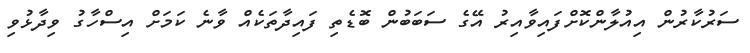
ސަރުކާރުން އިއުލާންކޮށްފައިވާއިރު އޭގެ ސަބަބުން ބޮޑެތި ފައިދާތަކެއް ވާނެ ކަމަށް އިސްހާގު ވިދާޅުވި